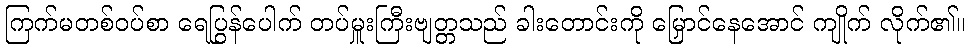
ကြက်မတစ်ဝပ်စာ ရေပြွန်ပေါက် တပ်မှူးကြီးဗျတ္တသည် ခါးတောင်းကို မြှောင်နေအောင် ကျိုက် လိုက်၏။